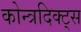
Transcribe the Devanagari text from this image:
कोन्त्रदिक्ट्स